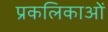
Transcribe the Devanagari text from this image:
प्रकलिकाओं